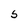
Character: 5